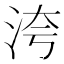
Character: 洿